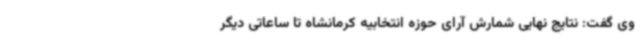
وی گفت: نتایج نهایی شمارش آرای حوزه انتخابیه کرمانشاه تا ساعاتی دیگر